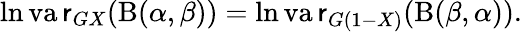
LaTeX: \ln\operatorname{va\mathsf{r}}_{GX}(\mathrm{{B}}(\alpha,\beta))=\ln\operatorname{va\mathsf{r}}_{G(1-X)}(\mathrm{{B}}(\beta,\alpha)).